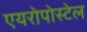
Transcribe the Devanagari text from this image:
एयरोपोस्टेल